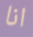
انا